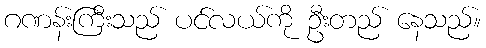
ဂဏန်းကြီးသည် ပင်လယ်ကို ဦးတည် နေသည်။